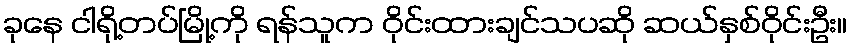
ခုနေ ငါရို့တပ်မြို့ကို ရန်သူက ဝိုင်းထားချင်သပဆို ဆယ်နှစ်ဝိုင်းဦး။